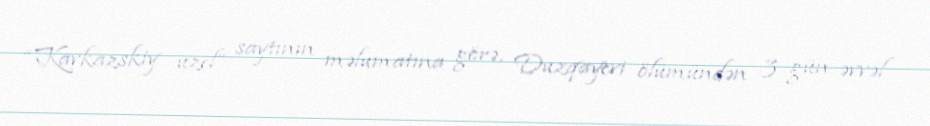
“Kavkazskiy uzel” saytının məlumatına görə, Duzqayevi ölümündən 3 gün əvvəl